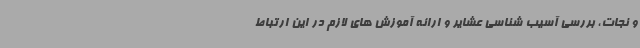
و نجات، بررسی آسیب شناسی عشایر و ارائه آموزش های لازم در این ارتباط